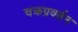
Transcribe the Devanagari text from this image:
चक्रप्रवर्तन